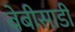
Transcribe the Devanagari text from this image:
बेबीसाडी